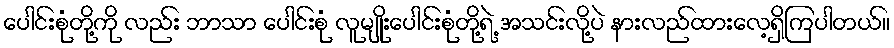
ပေါင်းစုံတို့ကို လည်း ဘာသာ ပေါင်းစုံ လူမျိုးပေါင်းစုံတို့ရဲ့ အသင်းလို့ပဲ နားလည်ထားလေ့ရှိကြပါတယ်။